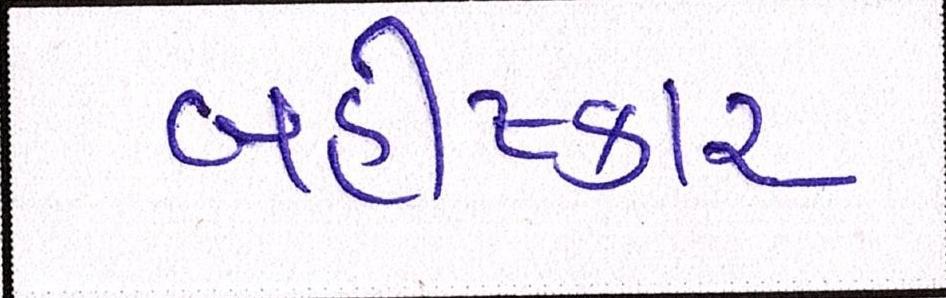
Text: બહીષ્કાર